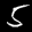
Label: 5